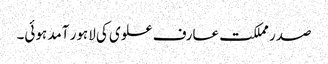
صدر مملکت عارف علوی کی لاہور آمد ہوئی۔